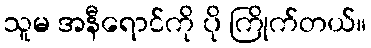
သူမ အနီရောင်ကို ပို ကြိုက်တယ်။